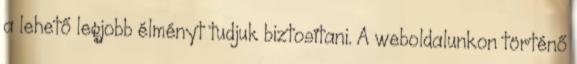
a lehető legjobb élményt tudjuk biztosítani. A weboldalunkon történő